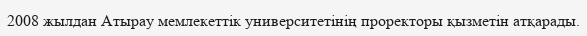
2008 жылдан Атырау мемлекеттік университетінің проректоры қызметін атқарады.